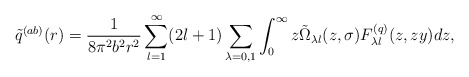
\begin{align*}\tilde q^{(ab)}(r)=\frac{1}{8\pi ^2b^2r^2}\sum_{l=1}^{\infty}(2l+1)\sum_{\lambda =0,1}\int_{0}^{\infty}{z\tilde \Omega _{\lambda l}(z,\sigma )F_{\lambda l}^{(q)}(z,zy)dz},\end{align*}